Annual report on the Civil Veterinary Department, Burma (including the Insein Veterinary School) - 1910-1922
Year: 1910
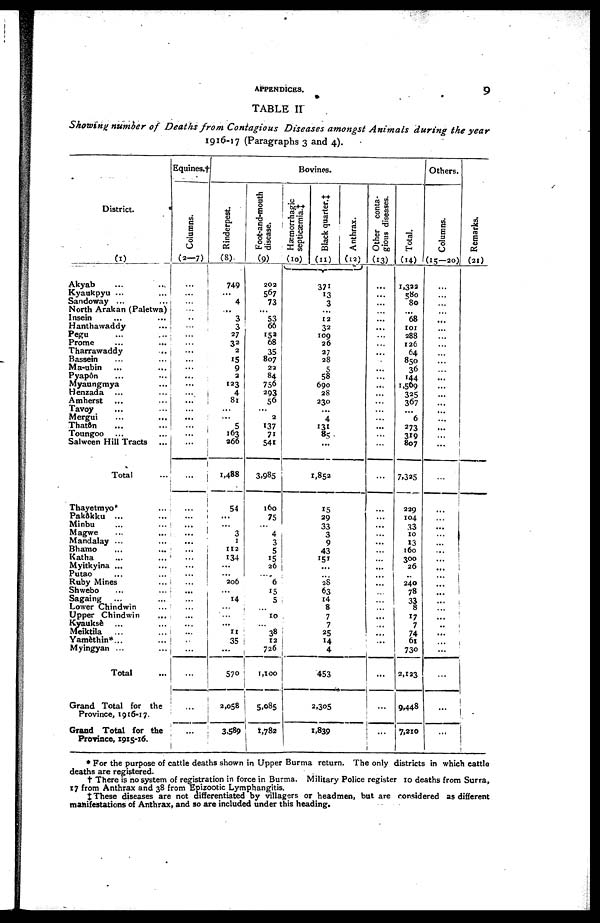
APPENDICES.
9
TABLE II
Showing number of Deaths from Contagious Diseases amongst Animals during the year
1916-17 (Paragraphs 3 and 4).
District.
(1)
Akyab ... ...
Kyaukpyu ... ...
Sandoway ... ...
North Arakan (Paletwa)
Insein ... ...
Hanthawaddy ...
Pegu
Prome ... ...
Tharrawaddy ...
Bassein ... ...
Ma-ubin ... ...
Pyapôn ... ...
Myaungmya ...
Henzada ... ...
Amherst
Tavoy ... ...
Mergui ... ...
Thatôn ... ...
Toungoo ... ...
Salween Hill Tracts ...
Total
Thayetmyo ... ...
Pakôkku ... ...
Minbu ... ...
Magwe ... ...
Mandalay ... ...
Bhamo ... ...
Katha ... ...
Myitkyina ... ...
Putao ... ... ...
Ruby Mines
Shwebo ... ...
Sagaing ... ...
Lower Chindwin ...
Upper Chindwin ...
Kyauksè
Meiktila ... ...
Yamèthin*... ...
Myingyan ... ...
Total
Grand Total for the
Province, 1916-17.
Grand Total for the
Province, 1915-16.
Equines.†
Columns.
(3-7)
...
...
... ...
...
...
...
...
...
...
...
...
... ...
...
...
...
...
...
...
...
...
...
...
...
...
...
...
...
...
...
...
...
...
...
...
...
...
...
...
...
Bovines.
Rinderpest.
(8)
749
...
4
...
3
3
27
32
2
15
9
2
123
4
81
...
...
5
163 266
1,488
54
...
...
3
1
112
134
...
...
206
...
14
...
...
...
11
35
...
570
2,058
3,589
Foot-and-mouth
disease.
(9)
202
567
73
...
53
66
152 68
35
807
22
84
756
293
56
...
2
137
71
541
3.985
160
75
...
4
3
5
15
26
....
6
15
5
...
10
...
38
12
726
1,100
5,085
1,782
Hæmorrhagic
septicæmia.‡
(10)
...
...
Black quarter. ‡
(11)
371
13
3
...
12
32
109
26
27
28
5
58
690
28
230
...
4
131
85
...
1,852
15
29
33
3
9
43
151
...
...
28
63
14
8
7
7
25
14
4
453
2,305
1,839
Anthrax.
(12)
Other conta-
gious diseases.
(13)
...
...
...
...
...
...
...
...
...
...
...
:::
...
...
...
...
...
...
...
...
...
...
...
...
...
...
...
...
...
...
...
...
...
...
...
...
...
...
...
...
...
Total.
(14)
1,322
580
80
...
68
101
288
126
64
850
36
144
1,569
325
367
...
6
273
319
807
7.335
329
104
33
10
13
160
300
26
..
240
78
33
8
17
7
74
61
730
2,123
9,448
7,210
Others.
Columns.
(15—20)
...
...
...
...
...
...
...
...
...
...
...
...
...
...
...
...
...
...
...
...
...
...
...
...
...
...
...
...
...
...
...
...
...
...
..
...
...
...
...
...
...
Re ma r ks .
(21)
* For the purpose of cattle deaths shown in Upper Burma return. The only districts in which cattle
deaths are registered.
†There is no system of registration in force in Burma. Military Police register 10 deaths from Surra,
17 from Anthrax and 38 from Epizootic Lymphangitis.
‡These diseases are not differentiated by villagers or headmen, but are considered as different
manifestations of Anthrax, and so are included under this heading.